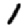
Digit: 1